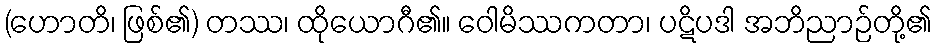
(ဟောတိ၊ ဖြစ်၏) တဿ၊ ထိုယောဂီ၏။ ဝေါမိဿကတာ၊ ပဋိပဒါ အဘိညာဉ်တို့၏